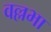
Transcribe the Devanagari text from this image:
वल्लभा